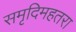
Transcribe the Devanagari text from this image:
समृदिमहतरा